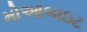
મોઆબાઇટ